On a parasite found in persons suffering from enlargement of the spleen in India, second report - Number 11
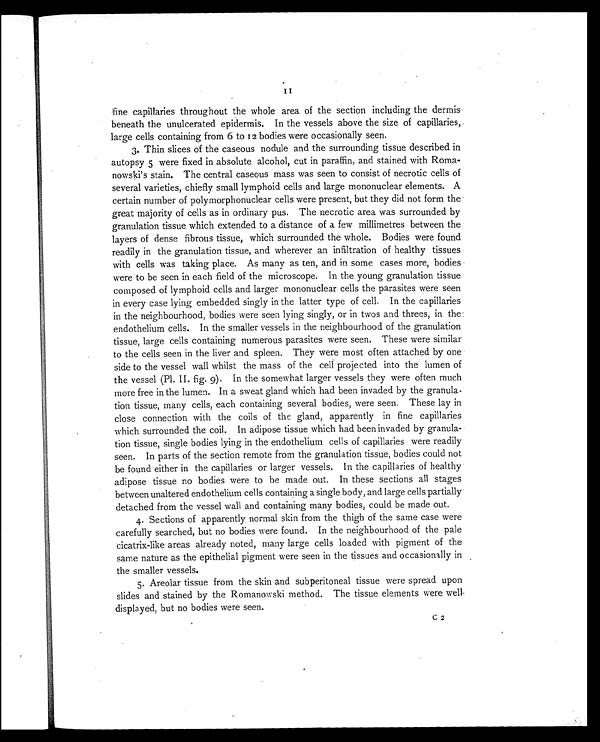
11
fine capillaries throughout the whole area of the section including the dermis
beneath the unulcerated epidermis. In the vessels above the size of capillaries,
large cells containing from 6 to 12 bodies were occasionally seen.
3. Thin slices of the caseous nodule and the surrounding tissue described in
autopsy 5 were fixed in absolute alcohol, cut in paraffin, and stained with Roma-
nowski's stain. The central caseous mass was seen to consist of necrotic cells of
several varieties, chiefly small lymphoid cells and large mononuclear elements. A
certain number of polymorphonuclear cells were present, but they did not form the
great majority of cells as in ordinary pus. The necrotic area was surrounded by
granulation tissue which extended to a distance of a few millimetres between the
layers of dense fibrous tissue, which surrounded the whole. Bodies were found
readily in the granulation tissue, and wherever an infiltration of healthy tissues
with cells was taking place. As many as ten, and in some cases more, bodies
were to be seen in each field of the microscope. In the young granulation tissue
composed of lymphoid cells and larger mononuclear cells the parasites were seen
in every case lying embedded singly in the latter type of cell. In the capillaries
in the neighbourhood, bodies were seen lying singly, or in twos and threes, in the
endothelium cells. In the smaller vessels in the neighbourhood of the granulation
tissue, large cells containing numerous parasites were seen. These were similar
to the cells seen in the liver and spleen. They were most often attached by one
side to the vessel wall whilst the mass of the cell projected into the lumen of
the vessel (Pl. II. fig. 9). In the somewhat larger vessels they were often much
more free in the lumen. In a sweat gland which had been invaded by the granula-
tion tissue, many cells, each containing several bodies, were seen. These lay in
close connection with the coils of the gland, apparently in fine capillaries
which surrounded the coil. In adipose tissue which had been invaded by granula-
tion tissue, single bodies lying in the endothelium cells of capillaries were readily
seen. In parts of the section remote from the granulation tissue, bodies could not
be found either in the capillaries or larger vessels. In the capillaries of healthy
adipose tissue no bodies were to be made out. In these sections all stages
between unaltered endothelium cells containing a single body, and large cells partially
detached from the vessel wall and containing many bodies, could be made out.
4. Sections of apparently normal skin from the thigh of the same case were
carefully searched, but no bodies were found. In the neighbourhood of the pale
cicatrix-like areas already noted, many large cells loaded with pigment of the
same nature as the epithelial pigment were seen in the tissues and occasionally in
the smaller vessels.
5. Areolar tissue from the skin and subperitoneal tissue were spread upon
slides and stained by the Romanowski method. The tissue elements were well
displayed, but no bodies were seen.
C 2